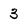
Character: 3